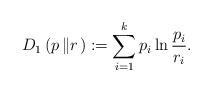
LaTeX: \begin{align*}D_{1}\left( p\left\Vert r\right. \right) :=\sum_{i=1}^{k}p_{i}\ln\frac{p_{i}}{r_{i}}.\end{align*}